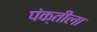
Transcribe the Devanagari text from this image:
पंक्तीला